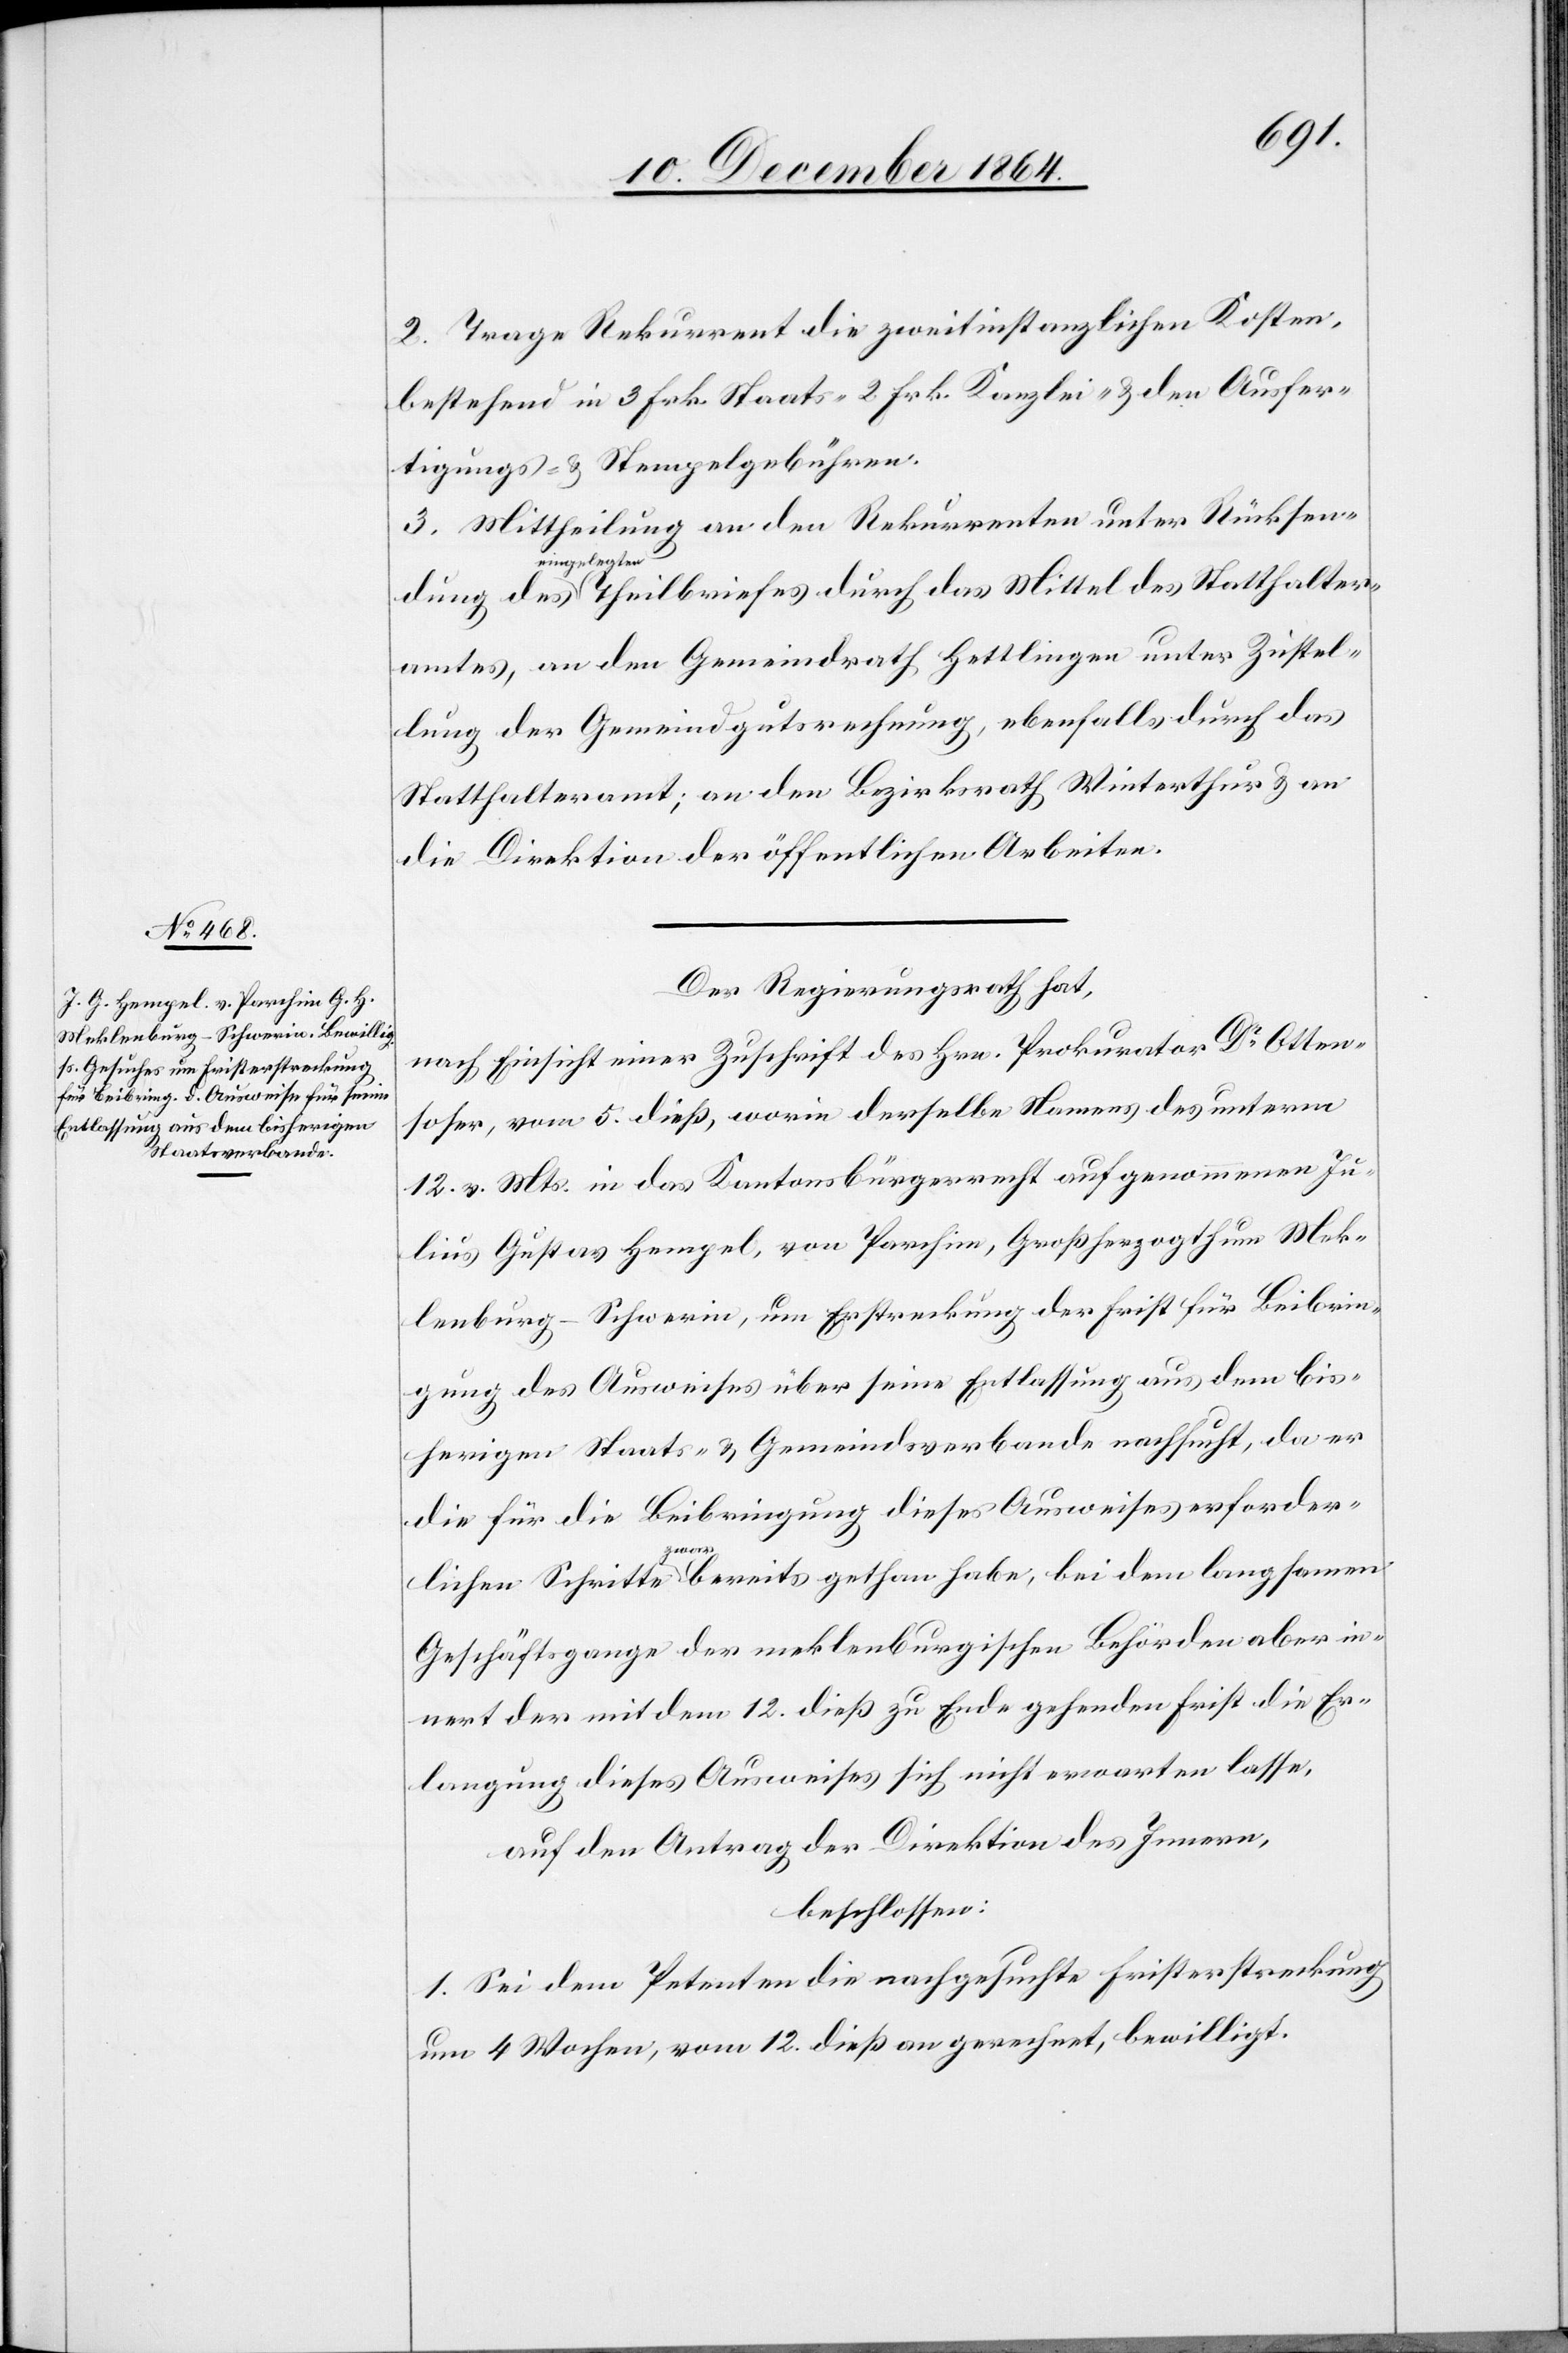
Stat¬
2. Trage Rekurrent die zweitinstanzlichen Kosten,
bestehend in 3 Frk. Staats- 2 Frk. Kanzlei- & den Ausfer¬
tigungs- & Stempelgebühren.
3. Mittheilung an den Rekurrenten unter Rücksen¬
eingelegten
amtes, an den Gemeindrath Hettlingen unter Zustel¬
lung der Gemeindgutsrechnung, ebenfalls durch das
Statthalteramt; an den Bezirksrath Winterthur & an
die Direktion der öffentlichen Arbeiten.
Der Regierungsrath hat,
nach Einsicht einer Zuschrift des Hrn. Prokurator Dr Otten¬
soser, vom 5. dieß, worin derselbe Namens des unterm
12. v. Mts. in das Kantonsbürgerrecht aufgenommenen Ju¬
lius Gustav Hempel, von Parchim, Großherzogthum Mek¬
lenburg-Schwerin, um Erstreckung der Frist für Beibrin¬
gung des Ausweises über seine Entlassung aus dem bis¬
herigen Staas- und Gemeindeverbande nachsucht, da er
die für die Beibringung dieses Ausweises erforder¬
thalter¬
lichen Schritte zwar bereits gethan habe, bei dem langsamen
Geschäftsgange der meklenburgischen Behörden aber in¬
nert der mit dem 12. dieß zu Ende gehenden Frist die Er¬
langung dieses Ausweises sich nicht erwarten lasse,
auf den Antrag der Direktion des Innern,
beschlossen:
1. Sei dem Petenten die nachgesuchte Fristerstreckung
um 4 Wochen, vom 12. dieß an gerechnet, bewilligt.